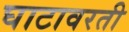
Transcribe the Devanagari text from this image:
घाटावरती